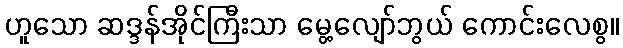
ဟူသော ဆဒ္ဒန်အိုင်ကြီးသာ မွေ့လျော်ဘွယ် ကောင်းလေစွ။